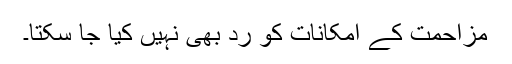
مزاحمت کے امکانات کو رد بھی نہیں کیا جا سکتا۔